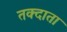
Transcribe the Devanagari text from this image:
तक्दाता